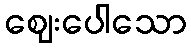
ဈေးပေါသော